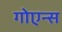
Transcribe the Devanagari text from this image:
गोएन्स